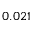
0 . 0 2 1